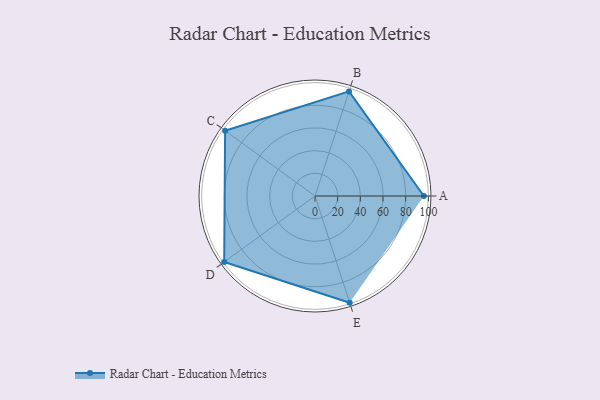
{"axis": {"x": "Skill", "y": "Score"}, "legend": ["Profile"], "data": [{"x": "A", "y": 96.0, "type": "Profile"}, {"x": "B", "y": 97.0, "type": "Profile"}, {"x": "C", "y": 98.0, "type": "Profile"}, {"x": "D", "y": 99, "type": "Profile"}, {"x": "E", "y": 99, "type": "Profile"}]}